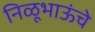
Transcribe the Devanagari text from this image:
निळूभाऊंचे